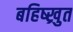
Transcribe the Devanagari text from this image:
बहिष्ख्रुत